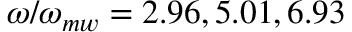
\omega / \omega _ { m w } = 2 . 9 6 , 5 . 0 1 , 6 . 9 3